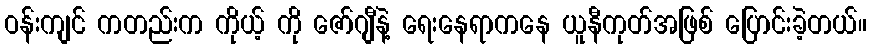
ဝန်းကျင် ကတည်းက ကိုယ့် ကို ဇော်ဂျီနဲ့ ရေးနေရာကနေ ယူနီကုတ်အဖြစ် ပြောင်းခဲ့တယ်။